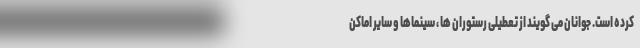
کرده است. جوانان می گویند از تعطیلی رستوران ها ، سینماها و سایر اماکن